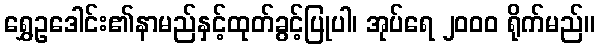
ရွှေဥဒေါင်း၏နာမည်နှင့်ထုတ်ခွင့်ပြုပါ၊ အုပ်ရေ ၂၀၀၀ ရိုက်မည်။